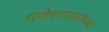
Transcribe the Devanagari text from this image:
गणेशगल्लीच्या